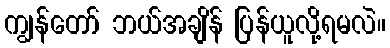
ကျွန်တော် ဘယ်အချိန် ပြန်ယူလို့ရမလဲ။